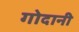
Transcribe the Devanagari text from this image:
गोदानी